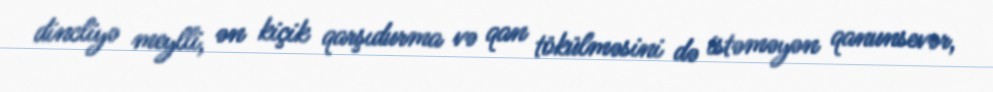
dincliyə meylli, ən kiçik qarşıdurma və qan tökülməsini də istəməyən qanunsevər,